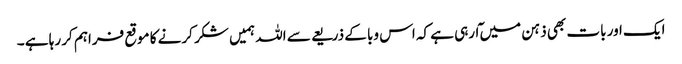
ایک اور بات بھی ذہن میں ٓارہی ہے کہ اس وبا کے ذریعے سے اللہ ہمیں شکر کرنے کا موقع فراہم کر رہا ہے ۔